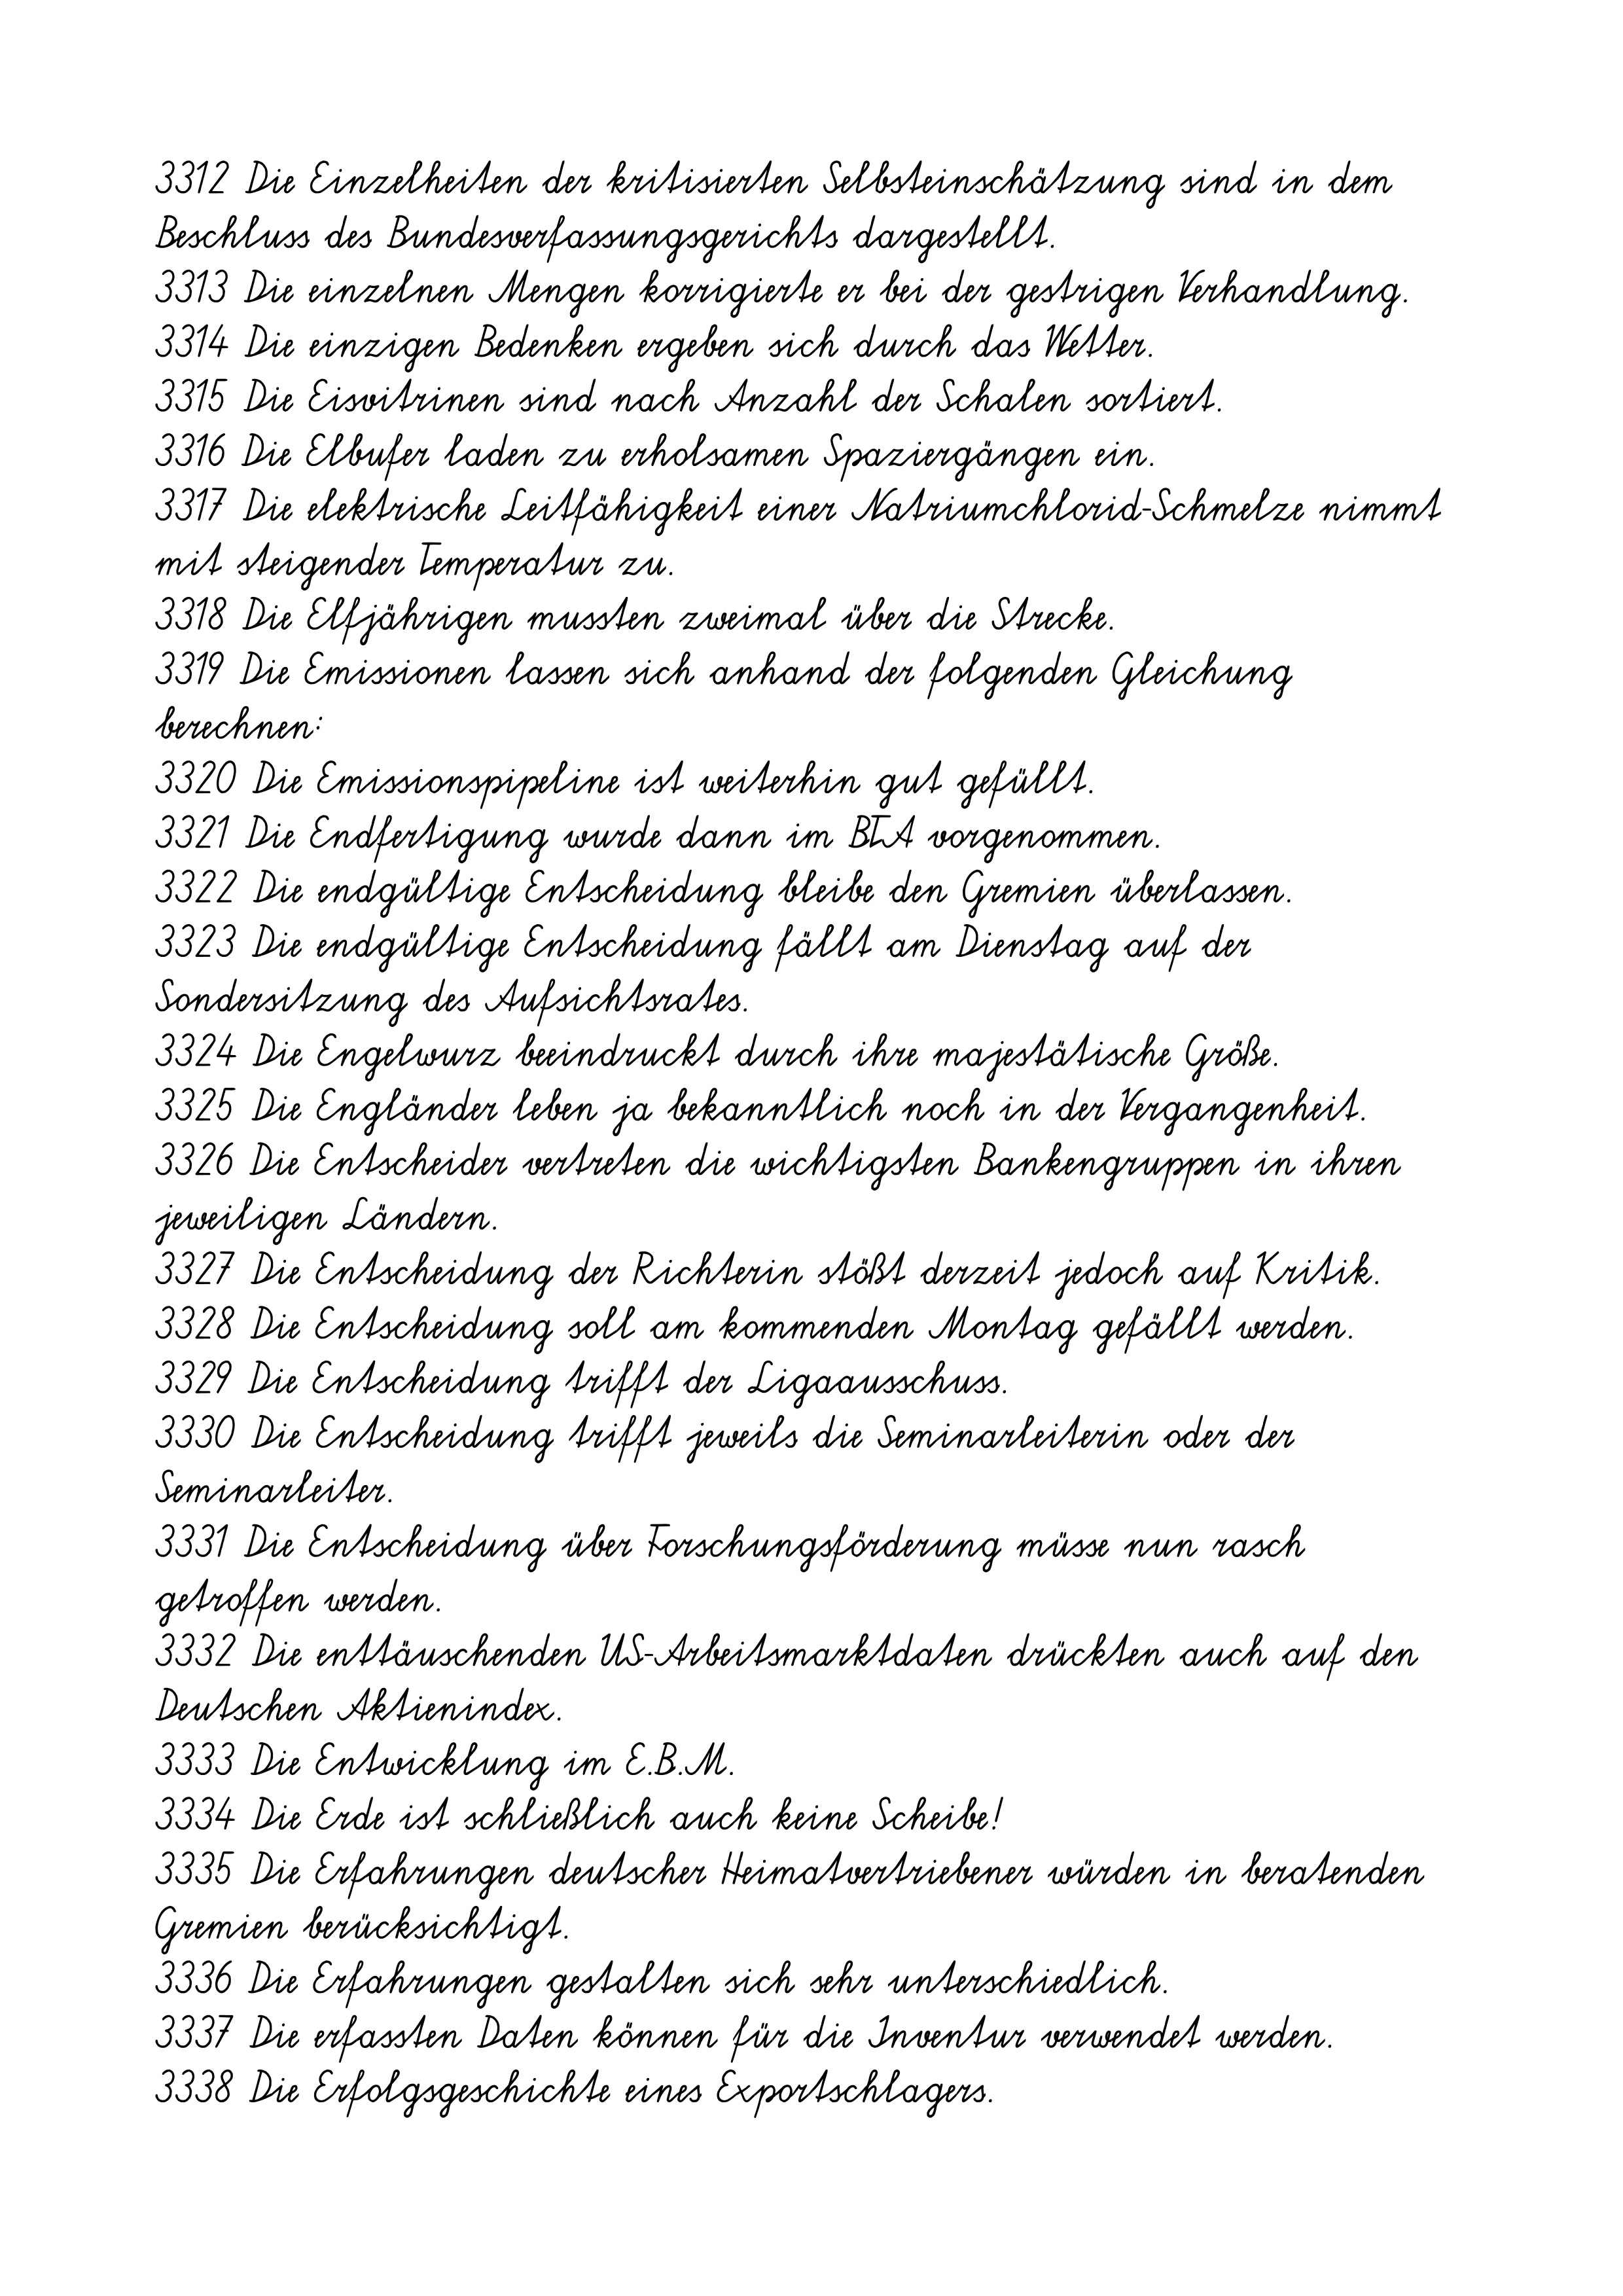
3312 Die Einzelheiten der kritisierten Selbsteinschätzung sind in dem
Beschluss des Bundesverfassungsgerichts dargestellt.
3313 Die einzelnen Mengen korrigierte er bei der gestrigen Verhandlung.
3314 Die einzigen Bedenken ergeben sich durch das Wetter.
3315 Die Eisvitrinen sind nach Anzahl der Schalen sortiert.
3316 Die Elbufer laden zu erholsamen Spaziergängen ein.
3317 Die elektrische Leitfähigkeit einer Natriumchlorid-Schmelze nimmt
mit steigender Temperatur zu.
3318 Die Elfjährigen mussten zweimal über die Strecke.
3319 Die Emissionen lassen sich anhand der folgenden Gleichung
berechnen:
3320 Die Emissionspipeline ist weiterhin gut gefüllt.
3321 Die Endfertigung wurde dann im BTA vorgenommen.
3322 Die endgültige Entscheidung bleibe den Gremien überlassen.
3323 Die endgültige Entscheidung fällt am Dienstag auf der
Sondersitzung des Aufsichtsrates.
3324 Die Engelwurz beeindruckt durch ihre majestätische Größe.
3325 Die Engländer leben ja bekanntlich noch in der Vergangenheit.
3326 Die Entscheider vertreten die wichtigsten Bankengruppen in ihren
jeweiligen Ländern.
3327 Die Entscheidung der Richterin stößt derzeit jedoch auf Kritik.
3328 Die Entscheidung soll am kommenden Montag gefällt werden.
3329 Die Entscheidung trifft der Ligaausschuss.
3330 Die Entscheidung trifft jeweils die Seminarleiterin oder der
Seminarleiter.
3331 Die Entscheidung über Forschungsförderung müsse nun rasch
getroffen werden.
3332 Die enttäuschenden US-Arbeitsmarktdaten drückten auch auf den
Deutschen Aktienindex.
3333 Die Entwicklung im E.B.M.
3334 Die Erde ist schließlich auch keine Scheibe!
3335 Die Erfahrungen deutscher Heimatvertriebener würden in beratenden
Gremien berücksichtigt.
3336 Die Erfahrungen gestalten sich sehr unterschiedlich.
3337 Die erfassten Daten können für die Inventur verwendet werden.
3338 Die Erfolgsgeschichte eines Exportschlagers.